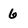
Character: 6